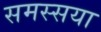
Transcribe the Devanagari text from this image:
समस्सया